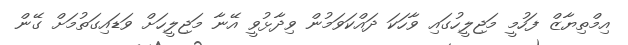
އިމްތިޔާޒް ފަހުމީ މަޖިލީހުގައި ވާހަކަ ދައްކަވަމުން ވިދާޅުވީ އޭނާ މަޖިލީހަށް ވަޑައިގަތުމަށް ގޭން